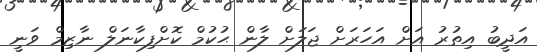
އަދީބު އިތުރު އަށް އަހަރަށް ޖަލަށް ލާން ޙުކުމް ކޮށްފިކާނަލް ނާޒިމް ވަނީ